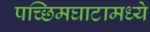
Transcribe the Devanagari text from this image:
पच्छिमघाटामध्ये